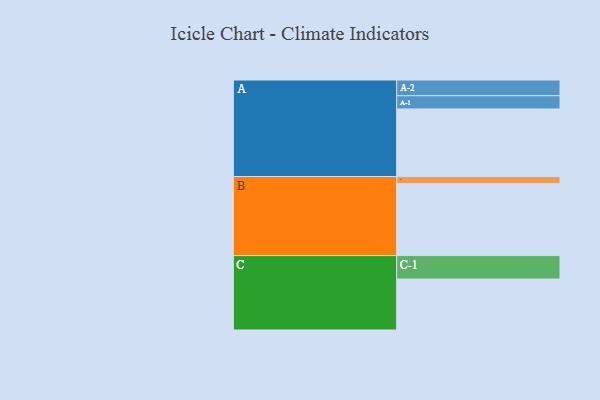
{"axis": {"x": "Segment", "y": "Value"}, "legend": ["", "A", "B", "C"], "data": [{"x": "A", "y": 563, "type": ""}, {"x": "B", "y": 600, "type": ""}, {"x": "C", "y": 425, "type": ""}, {"x": "A-1", "y": 110, "type": "A"}, {"x": "A-2", "y": 131, "type": "A"}, {"x": "B-1", "y": 59, "type": "B"}, {"x": "C-1", "y": 195, "type": "C"}]}